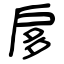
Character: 扅